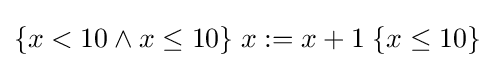
\{x<10\land x\leq 10\}\;x:=x+1\;\{x\leq 10\}